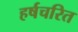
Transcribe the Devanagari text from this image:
हर्षचरित